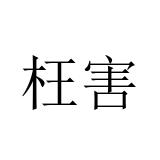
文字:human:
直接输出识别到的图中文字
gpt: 枉害